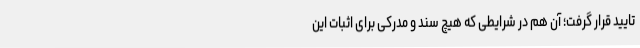
تایید قرار گرفت؛ آن هم در شرایطی که هیچ سند و مدرکی برای اثبات این